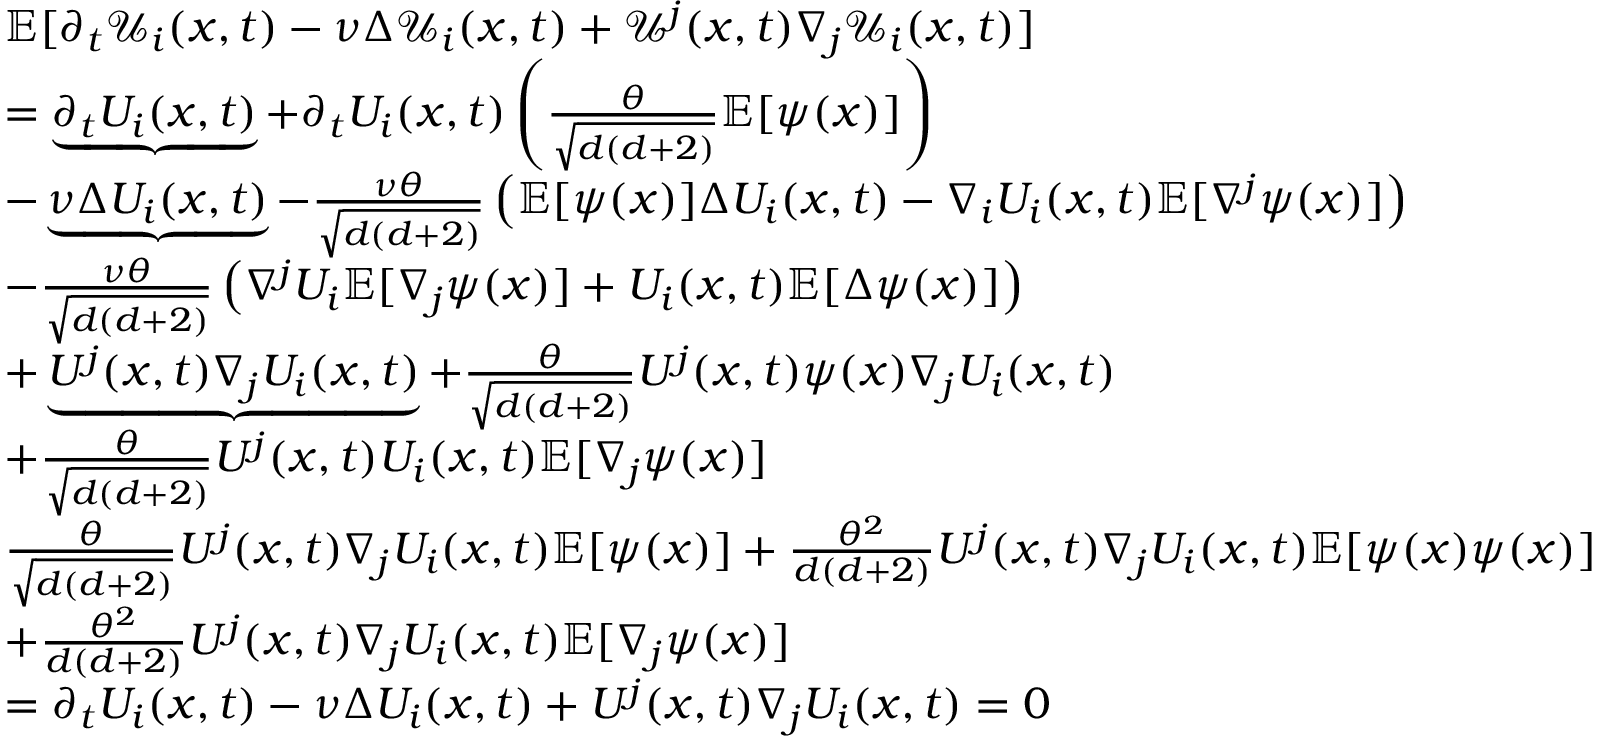
\begin{array} { r l } & { \mathbb { E } [ \partial _ { t } \mathcal { U } _ { i } ( x , t ) - \nu \Delta \mathcal { U } _ { i } ( x , t ) + \mathcal { U } ^ { j } ( x , t ) \nabla _ { j } \mathcal { U } _ { i } ( x , t ) ] } \\ & { = \underbrace { \partial _ { t } U _ { i } ( x , t ) } + \partial _ { t } U _ { i } ( x , t ) \left( \frac { \theta } { \sqrt { d ( d + 2 ) } } \mathbb { E } [ \psi ( x ) ] \right) } \\ & { - \underbrace { \nu \Delta U _ { i } ( x , t ) } - \frac { \nu \theta } { \sqrt { d ( d + 2 ) } } \left( \mathbb { E } [ \psi ( x ) ] \Delta U _ { i } ( x , t ) - \nabla _ { i } U _ { i } ( x , t ) \mathbb { E } [ \nabla ^ { j } \psi ( x ) ] \right) } \\ & { - \frac { \nu \theta } { \sqrt { d ( d + 2 ) } } \left( \nabla ^ { j } U _ { i } \mathbb { E } [ \nabla _ { j } \psi ( x ) ] + U _ { i } ( x , t ) \mathbb { E } [ \Delta \psi ( x ) ] \right) } \\ & { + \underbrace { U ^ { j } ( x , t ) \nabla _ { j } U _ { i } ( x , t ) } + \frac { \theta } { \sqrt { d ( d + 2 ) } } U ^ { j } ( x , t ) \psi ( x ) \nabla _ { j } U _ { i } ( x , t ) } \\ & { + \frac { \theta } { \sqrt { d ( d + 2 ) } } U ^ { j } ( x , t ) U _ { i } ( x , t ) \mathbb { E } [ \nabla _ { j } \psi ( x ) ] } \\ & { \frac { \theta } { \sqrt { d ( d + 2 ) } } U ^ { j } ( x , t ) \nabla _ { j } U _ { i } ( x , t ) \mathbb { E } [ \psi ( x ) ] + \frac { \theta ^ { 2 } } { { d ( d + 2 ) } } U ^ { j } ( x , t ) \nabla _ { j } U _ { i } ( x , t ) \mathbb { E } [ \psi ( x ) \psi ( x ) ] } \\ & { + \frac { \theta ^ { 2 } } { { d ( d + 2 ) } } U ^ { j } ( x , t ) \nabla _ { j } U _ { i } ( x , t ) \mathbb { E } [ \nabla _ { j } \psi ( x ) ] } \\ & { = \partial _ { t } { U } _ { i } ( x , t ) - \nu \Delta { U } _ { i } ( x , t ) + { U } ^ { j } ( x , t ) \nabla _ { j } { U } _ { i } ( x , t ) = 0 } \end{array}